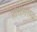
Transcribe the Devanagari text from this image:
तित्तीराएवढा